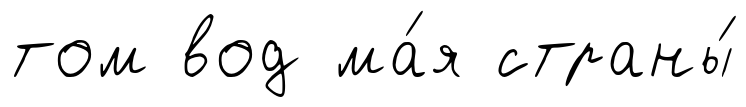
том вод ма́я страны́